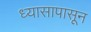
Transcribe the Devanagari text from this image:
ध्यासापासून